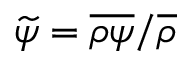
\widetilde { \psi } = \overline { { \rho \psi } } / \overline { { \rho } }